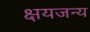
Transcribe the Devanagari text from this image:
क्षयजन्य